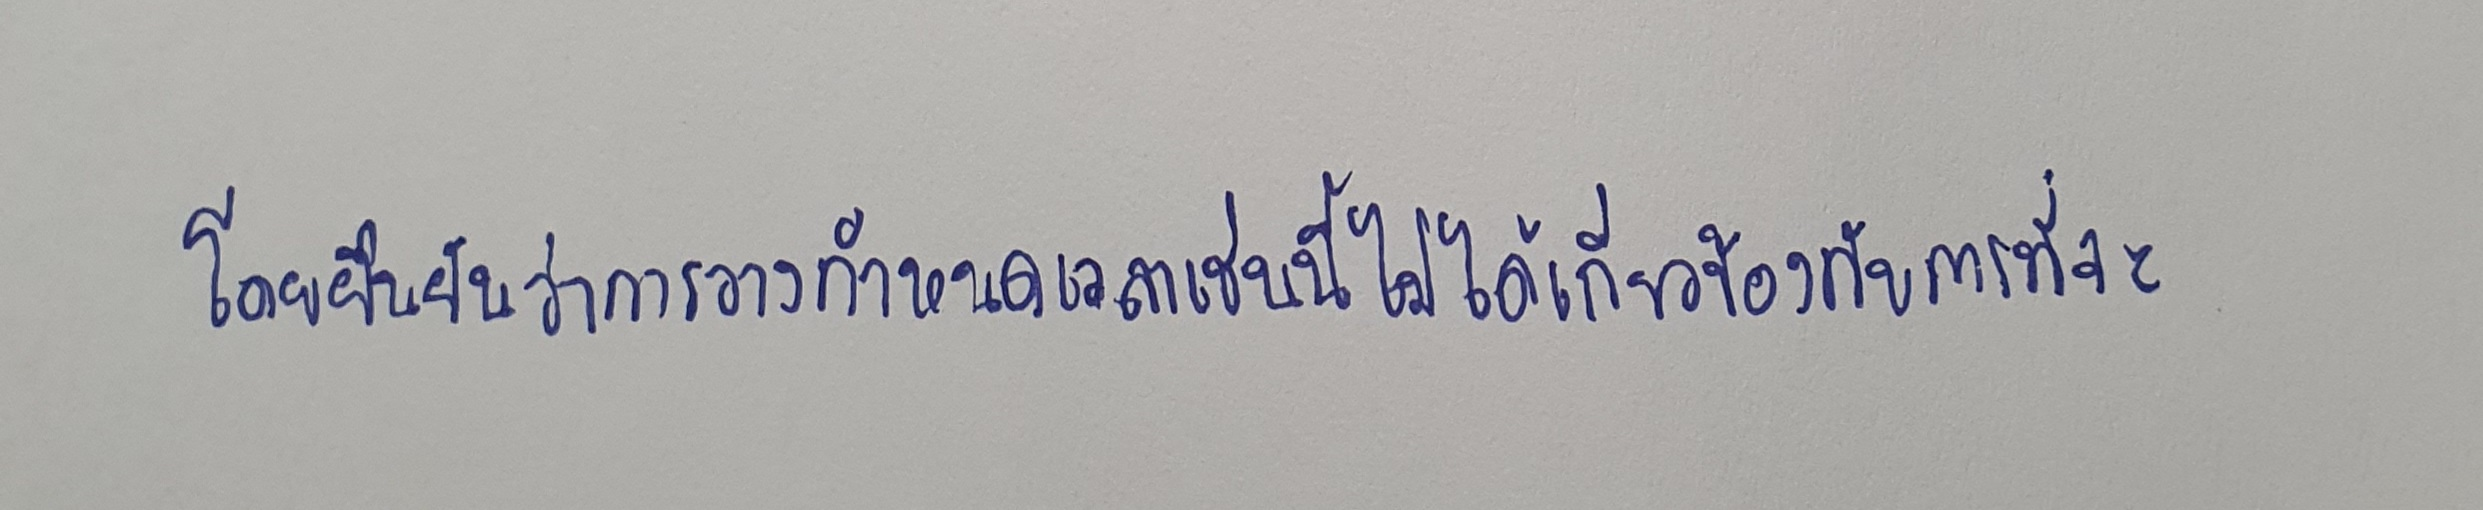
โดยยืนยันว่าการวางกำหนดเวลาเช่นนี้ไม่ได้เกี่ยวข้องกับการที่จะ